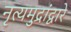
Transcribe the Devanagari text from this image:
नृत्यमुद्रांद्वारे